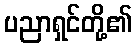
ပညာရှင်တို့၏